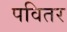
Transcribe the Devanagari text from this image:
पवितर